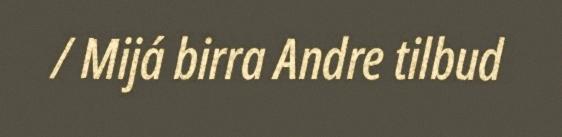
/ Mijá birra Andre tilbud